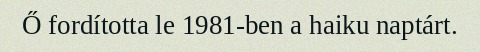
Ő fordította le 1981-ben a haiku naptárt.